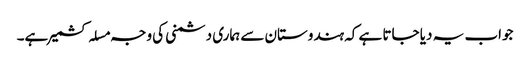
جواب یہ دیا جاتا ہے کہ ہندوستان سے ہماری دشمنی کی وجہ مسلہ کشمیر ہے۔